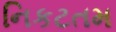
નિકટતમ